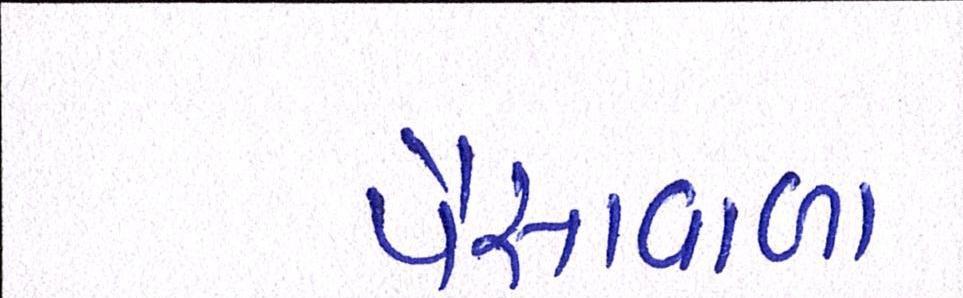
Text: પૈસાવાળા